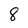
Character: 8